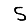
Digit: 5